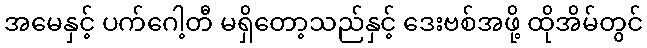
အမေနှင့် ပက်ဂေါ့တီ မရှိတော့သည်နှင့် ဒေးဗစ်အဖို့ ထိုအိမ်တွင်